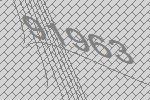
91963